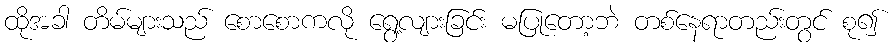
ထိုအခါ တိမ်များသည် စောစောကလို ရွေ့လျားခြင်း မပြုတော့ဘဲ တစ်နေရာတည်းတွင် စု၍